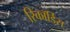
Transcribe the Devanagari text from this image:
रिकॉर्डिस